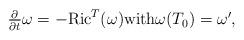
LaTeX: \begin{align*}\begin{array}[c]{c}\frac{\partial}{\partial t}\omega=-\mathrm{Ric}^{T}(\omega)\text{}\mathrm{with}\omega(T_{0})=\omega^{\prime},\end{array}\end{align*}